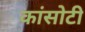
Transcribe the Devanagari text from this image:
कांसोटी